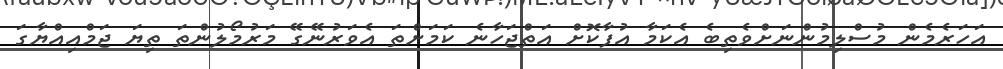
އަހަރެމެން މުސްލިމުންނަށްވެތިބެ އެކަމާ އުފާކޮށް އަތްޖަހާނެ ކަމަށްތަ އެވަރުނޭގޭ މަރުމޯލުންތަ ތިޔަ ޖަމްއިއްޔާގަ